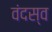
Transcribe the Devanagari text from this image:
वंदस्व